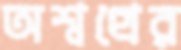
অশ্বত্থের